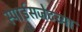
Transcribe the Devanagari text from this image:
स्पाईसजेटच्या